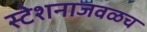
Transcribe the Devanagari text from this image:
स्टेशनाजवळच